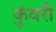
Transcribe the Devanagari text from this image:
कुंवरी